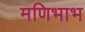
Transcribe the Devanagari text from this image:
मणिभाभ